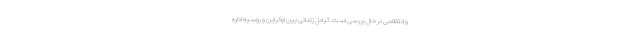
و انتظامی در حال بررسی است. تبادل زندانی بین اوکراین و روسیه اداره